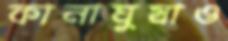
কানাঘুষাও